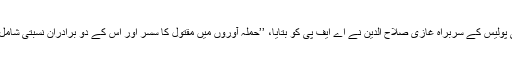
ضلعی پولیس کے سربراہ غازی صلاح الدین نے اے ایف پی کو بتایا، ’’حملہ آوروں میں مقتول کا سسر اور اس کے دو برادران نسبتی شامل تھے۔